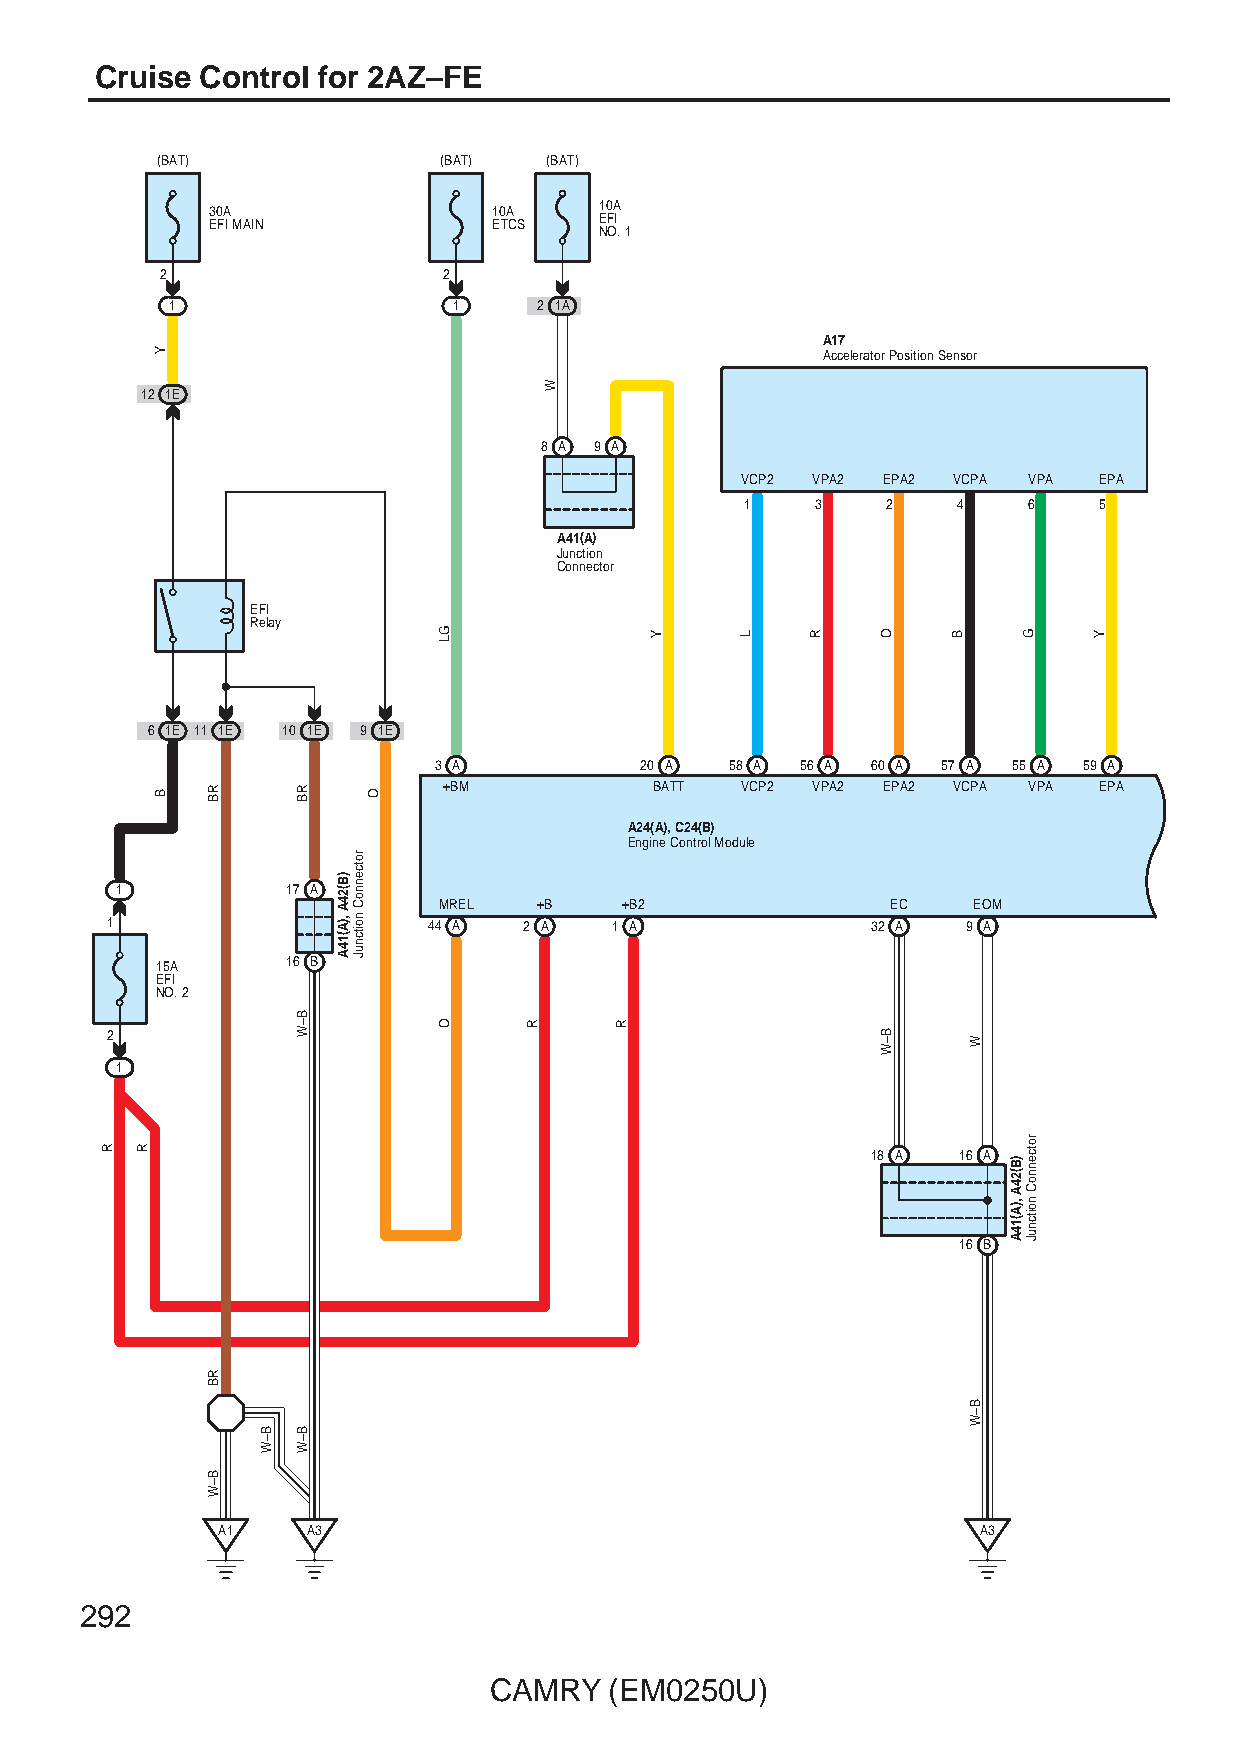
Cruise Control for 2AZ–FE
 (BAT)              (BAT)  (BAT)
 30A                10A    10A
 EFI MAIN           ETCS   EFI
 NO. 1
 2                 2
 1                  1     2 1A
 A17
 Accelerator Position Sensor
 12 1E
 8 A 9 A
 VCP2 VPA2 EPA2 VCPA VPA EPA
 1    3    2   4    6    5
 A41(A)
 Junction
 Connector
 EFI
 Relay
 6 1E 11 1E 10 1E 9 1E
 3 A          20 A  58 A 56 A 60 A 57 A 55 A 59 A
 +BM           BATT  VCP2 VPA2 EPA2 VCPA VPA EPA
 A24(A), C24(B)
 Engine Control Module
 1          17 A
 MREL   +B   +B2               EC   EOM
 1                    44 A   2 A   1 A              32 A  9 A
 15A      16 B
 EFI
 NO. 2
 2
 1
 18 A 16 A
 16 B
 A1    A3                                           A3
 292
 CAMRY   (EM0250U)
 R R
 Y
 B   RB
 RB
 B–W
 B–W
 RB
 B–W
 B–W
 )B(24A
 ,)A(14A
 rotcennoC
 noitcnuJ
 O
 GL
 O     R
 W
 R
 Y     L    R   O
 B–W
 B
 W
 B–W
 )B(24A
 ,)A(14A
 G
 rotcennoC
 noitcnuJ
 Y